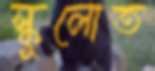
স্কুলোত